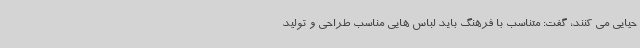
حیایی می کنند، گفت: متناسب با فرهنگ باید لباس هایی مناسب طراحی و تولید